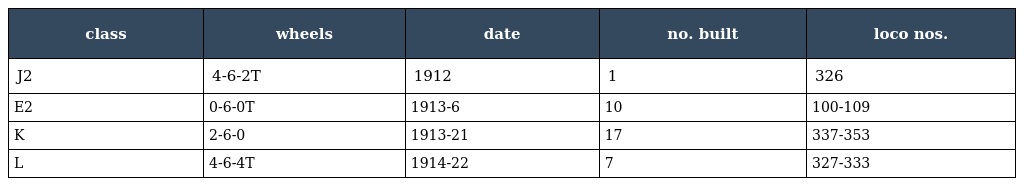
| class | wheels | date | no. built | loco nos. |
 | --- | --- | --- | --- | --- |
 | J2 | 4-6-2T | 1912 | 1 | 326 |
 | E2 | 0-6-0T | 1913-6 | 10 | 100-109 |
 | K | 2-6-0 | 1913-21 | 17 | 337-353 |
 | L | 4-6-4T | 1914-22 | 7 | 327-333 |